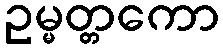
ဥမ္မတ္တကော